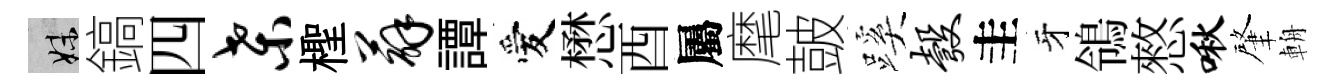
妹鎬四桑檉薜譚愛懋酉屬麾皷蹊彀圭牙鴒憗啾肇輈